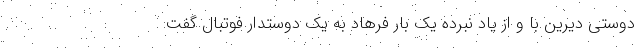
دوستی دیرین با و از یاد نبرده یک بار فرهاد به یک دوستدار فوتبال گفت: